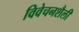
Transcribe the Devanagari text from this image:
विवेचनशैली